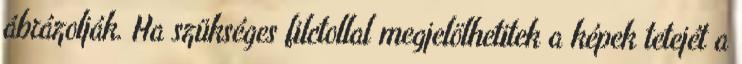
ábrázolják. Ha szükséges filctollal megjelölhetitek a képek tetejét a